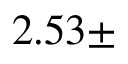
2 . 5 3 \pm